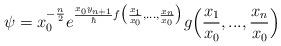
LaTeX: \begin{align*} \psi=x_0^{-\frac{n}{2}}e^{\frac{x_0y_{n+1}}{\hbar}f\big(\frac{x_1}{x_0},...,\frac{x_n}{x_0}\big)}g\Big(\frac{x_1}{x_0},...,\frac{x_n}{x_0}\Big) \end{align*}